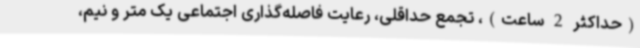
(حداکثر 2 ساعت)، تجمع حداقلی، رعایت فاصله‌گذاری اجتماعی یک متر و نیم،